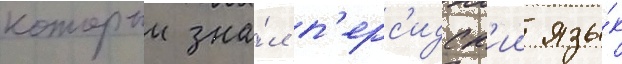
которыи зна́л п'ерс'идск'ии язы́к